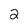
Character: 2